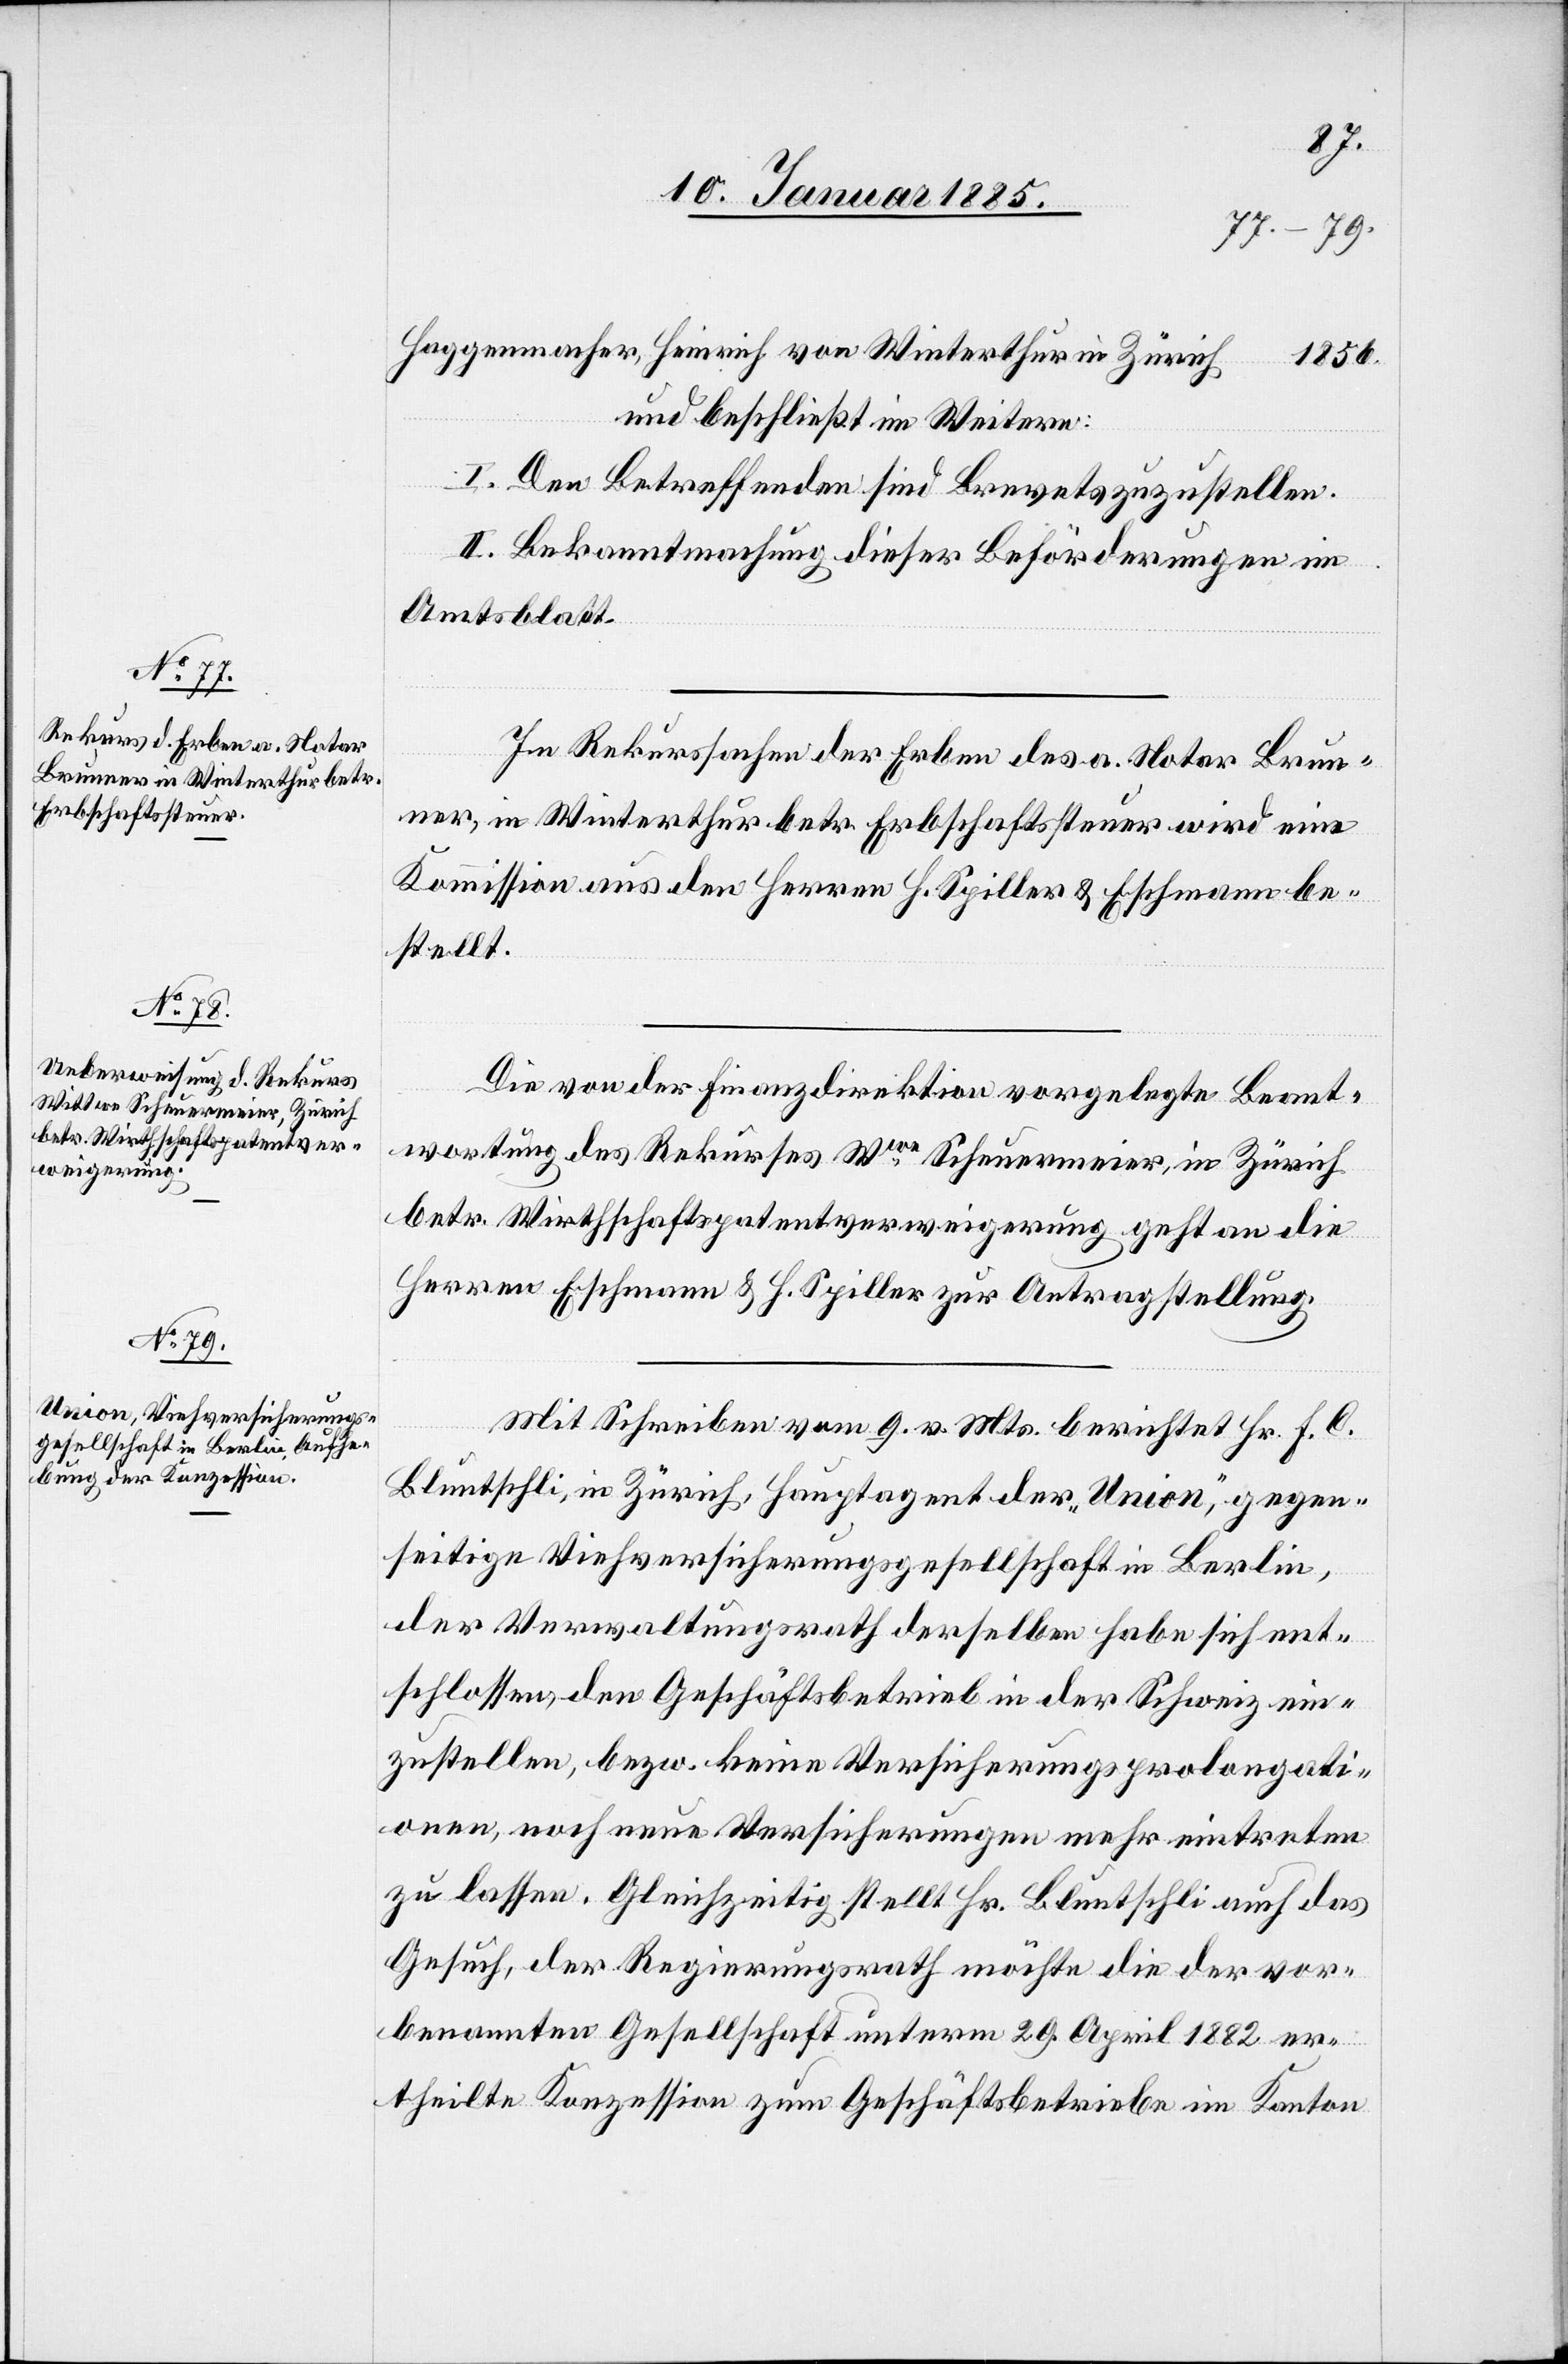
1856
und beschließt im Weitern:
in
I. Den Betreffenden sind Brevets zuzustellen.
II. Bekanntmachung dieser Beförderungen im
Amtsblatt.
In Rekurssachen der Erben des a. Notar Brun¬
ner, in Winterthur betr. Erbschaftssteuer wird eine
Kommission aus den Herren H. Spiller & Eschmann be¬
stellt.
Die von der Finanzdirektion vorgelegte Beant¬
wortung des Rekurses Wwe Scheuermeier, in Zürich,
betr. Wirthschaftspatentverweigerung geht an die
Herren Eschmann & Spiller zur Antragstellung.
Mit Schreiben vom 9. v. Mts. berichtet Hr. F. C.
Bluntschli, in Zürich, Hauptagent der „Union“, gegen¬
seitigen Viehversicherungsgesellschaft in Berlin,
der Verwaltungsrath derselben habe sich ent¬
schlossen, den Geschäftsbetrieb in der Schweiz ein¬
zustellen, bezw. keine Versicherungsgprolongati¬
onen, noch neue Versicherungen mehr eintreten
zu lassen. Gleichzeitig stellt Hr. Bluntschli auch das
Gesuch, der Regierungsrath möchte die der vor¬
benannten Gesellschaft unterm 29. April 1882 er¬
theilte Konzession zum Geschäftsbetriebe im Kanton